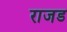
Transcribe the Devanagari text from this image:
राजड